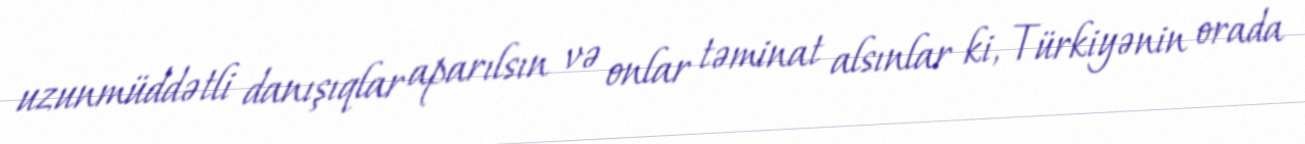
uzunmüddətli danışıqlar aparılsın və onlar təminat alsınlar ki, Türkiyənin orada